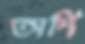
অর্দি